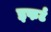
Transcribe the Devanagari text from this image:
इफर्ट